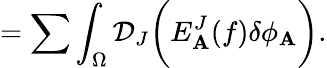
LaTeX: =\sum\int_{\Omega}\mathcal{D}_{J}\biggl(E_{\mathbf{A}}^{J}(f)\delta\phi_{\mathbf{A}}\biggr).